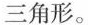
三角形。